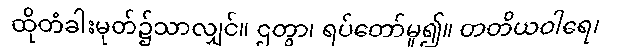
ထိုတံခါးမုတ်၌သာလျှင်။ ဌတွာ၊ ရပ်တော်မူ၍။ တတိယဝါရေ၊